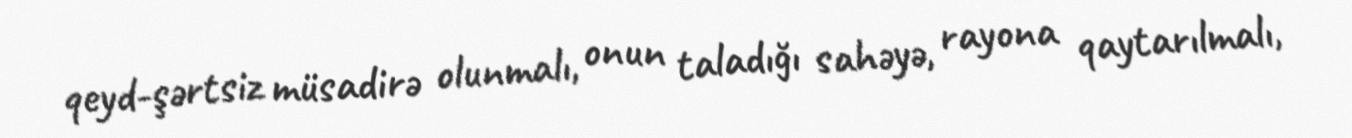
qeyd-şərtsiz müsadirə olunmalı, onun taladığı sahəyə, rayona qaytarılmalı,